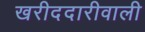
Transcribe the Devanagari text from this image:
खरीददारीवाली